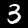
Digit: 3